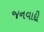
જનવાદી